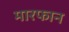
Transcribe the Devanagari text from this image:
मारफान